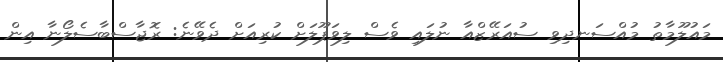
މައުލޫމާތު މުއްސަނދިވި ސުއަރޭޒްއާ ނުލައި ވެސް ލިވަޕޫލަށް ކުރިއަށް ދެވޭނެ: ރޮޖާސްބާސެލޯނާ އިން